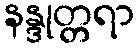
နန္ဒုတ္တရာ